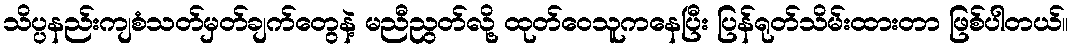
သိပ္ပနည်းကျစံသတ်မှတ်ချက်တွေနဲ့ မညီညွတ်လို့ ထုတ်ဝေသူကနေပြီး ပြန်ရုတ်သိမ်းထားတာ ဖြစ်ပါတယ်။